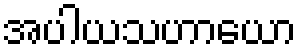
အပါယသဟာယော